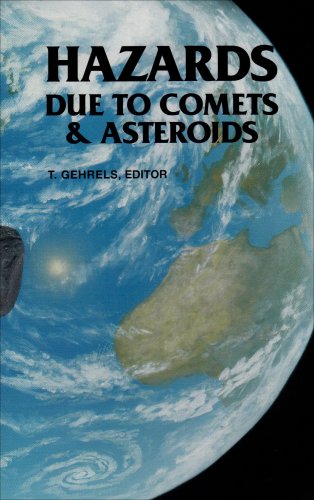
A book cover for Hazards Due to Comets and Asteroids (Space Science Series); Science & Math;